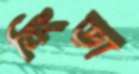
নিংড়া